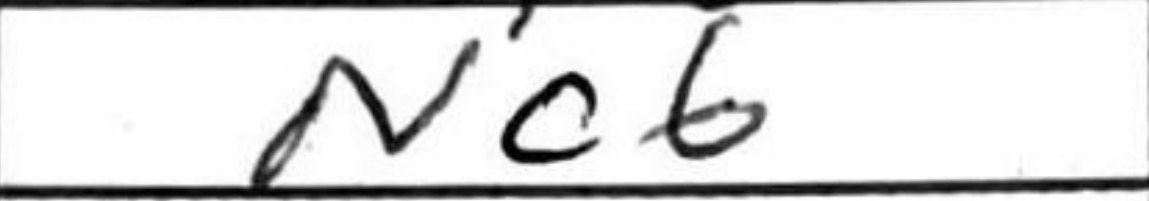
Transcription: Nc6